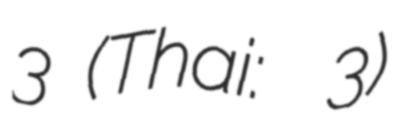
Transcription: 3 (Thai: องค์บาก 3)